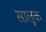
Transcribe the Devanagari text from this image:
सालूक